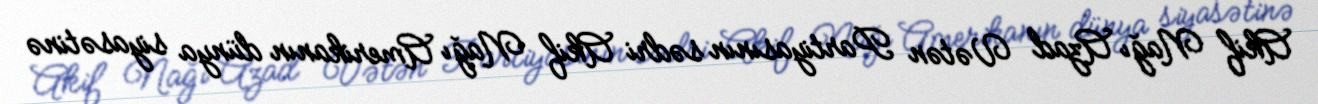
Akif Nağı Azad Vətən Partiyasının sədri Akif Nağı Amerikanın dünya siyasətinə